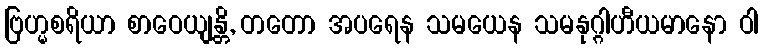
ဗြဟ္မစရိယာ စာဝေယျန္တိ, တတော အပရေန သမယေန သမနုဂ္ဂါဟီယမာနော ဝါ